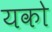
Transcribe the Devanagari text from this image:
यको